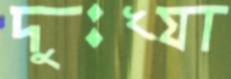
দুঃখ্যা